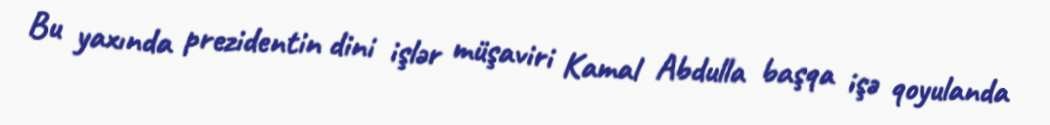
Bu yaxında prezidentin dini işlər müşaviri Kamal Abdulla başqa işə qoyulanda